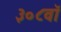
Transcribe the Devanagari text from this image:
३०८वॉ